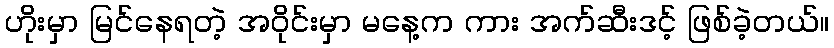
ဟိုးမှာ မြင်နေရတဲ့ အဝိုင်းမှာ မနေ့က ကား အက်ဆီးဒင့် ဖြစ်ခဲ့တယ်။